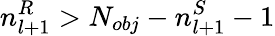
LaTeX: n_{l+1}^{R}>N_{obj}-n_{l+1}^{S}-1